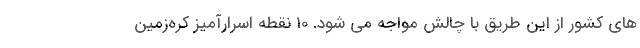
های کشور از این طریق با چالش مواجه می شود. 10 نقطه اسرارآمیز کره‌زمین